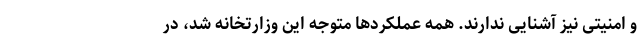
و امنیتی نیز آشنایی ندارند. همه عملکردها متوجه این وزارتخانه شد، در